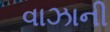
વાઝાની